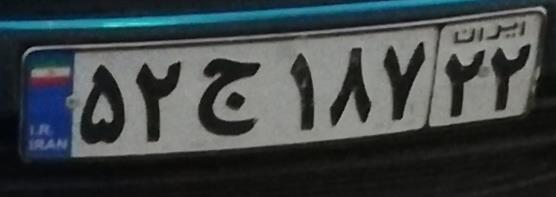
۵۲ج۱۸۷۲۲